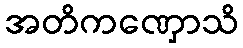
အတိကဏှောသိ